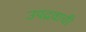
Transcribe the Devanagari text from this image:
उपद्रवाची